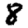
Digit: 8